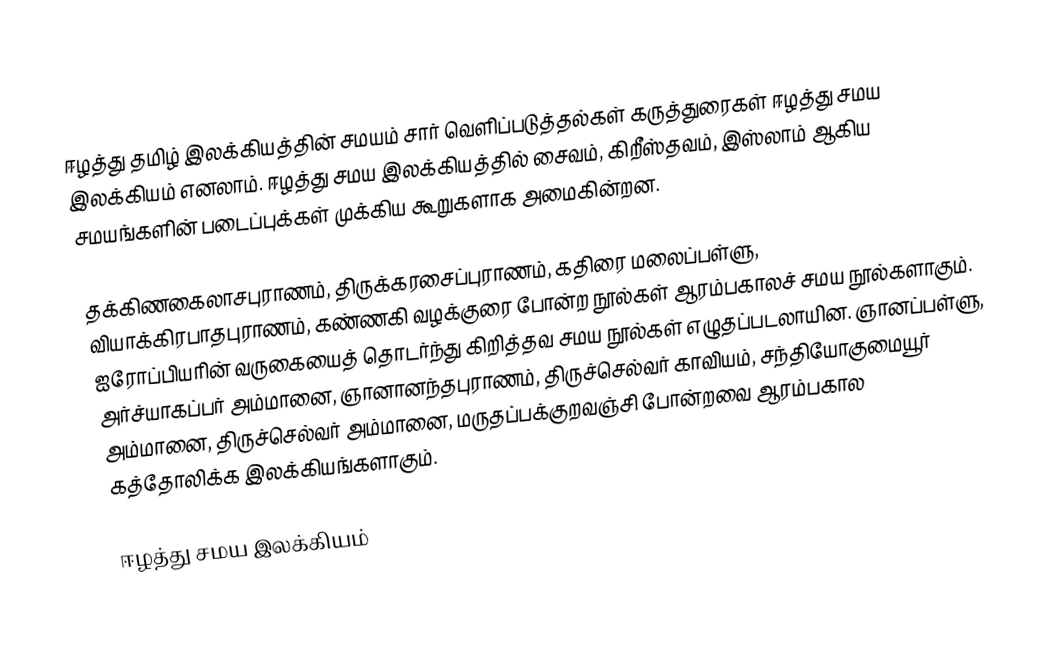
ஈழத்து தமிழ் இலக்கியத்தின் சமயம் சார் வெளிப்படுத்தல்கள் கருத்துரைகள் ஈழத்து சமய இலக்கியம் எனலாம்.  ஈழத்து சமய இலக்கியத்தில் சைவம், கிறீஸ்தவம், இஸ்லாம் ஆகிய சமயங்களின் படைப்புக்கள் முக்கிய கூறுகளாக அமைகின்றன.

தக்கிணகைலாசபுராணம், திருக்கரசைப்புராணம், கதிரை மலைப்பள்ளு, வியாக்கிரபாதபுராணம், கண்ணகி வழக்குரை போன்ற நூல்கள் ஆரம்பகாலச் சமய நூல்களாகும். ஐரோப்பியரின் வருகையைத் தொடர்ந்து கிறித்தவ சமய நூல்கள் எழுதப்படலாயின. ஞானப்பள்ளு, அர்ச்யாகப்பர் அம்மானை, ஞானானந்தபுராணம், திருச்செல்வர் காவியம், சந்தியோகுமையூர் அம்மானை, திருச்செல்வர் அம்மானை, மருதப்பக்குறவஞ்சி போன்றவை ஆரம்பகால கத்தோலிக்க இலக்கியங்களாகும்.

 ஈழத்து சமய இலக்கியம்